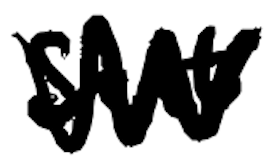
Text: sent
Cross-out: zig-zag
Writing tool: digital_black